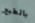
بالطبع